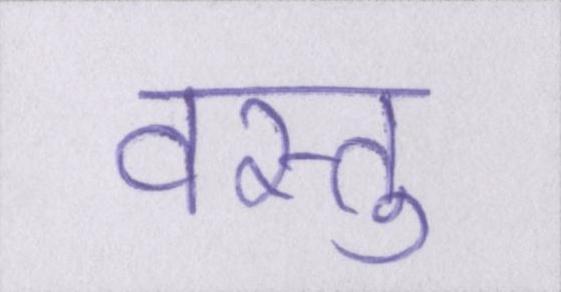
वस्तु